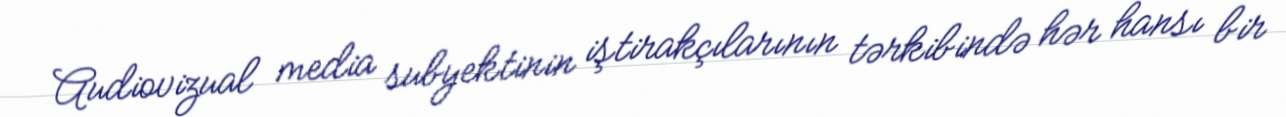
Audiovizual media subyektinin iştirakçılarının tərkibində hər hansı bir